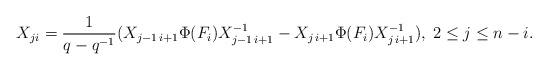
LaTeX: \begin{align*}X_{ji}=\frac{1}{q-q^{-1}}(X_{j-1\,i+1}\Phi(F_{i})X_{j-1\,i+1}^{-1}-X_{j\,i+1}\Phi(F_{i})X_{j\,i+1}^{-1}),\; 2\leq j\leq n-i .\end{align*}